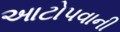
આટોપવાની